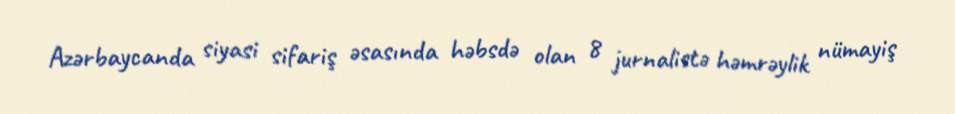
Azərbaycanda siyasi sifariş əsasında həbsdə olan 8 jurnalistə həmrəylik nümayiş